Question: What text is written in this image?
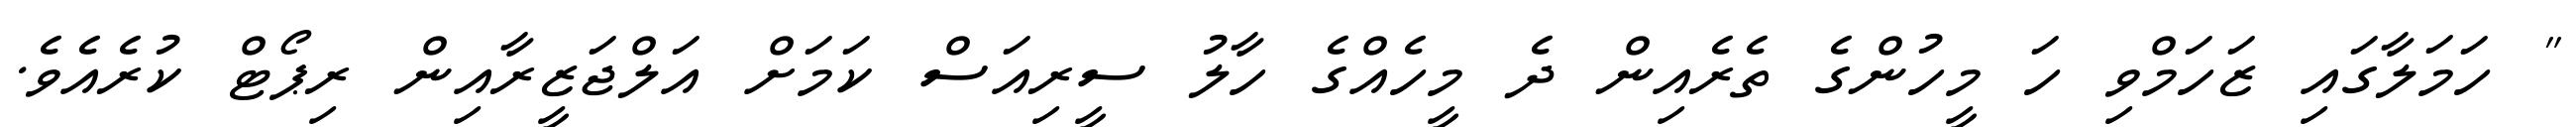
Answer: " ހަމަލާގައި ޒަހަމްވި ހަ މީހުންގެ ތެރެއިން ދެ މީހެއްގެ ހާލު ސީރިއަސް ކަމަށް އަލްޖަޒީރާއިން ރިޕޯޓް ކުރެއެވެ.